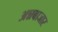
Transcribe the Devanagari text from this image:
अन्नबाजार